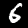
Digit: 6